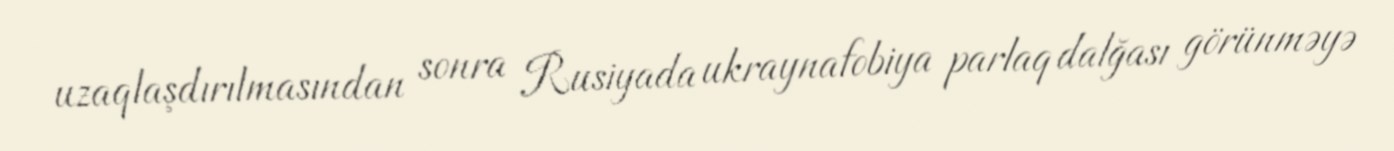
uzaqlaşdırılmasından sonra Rusiyada ukraynafobiya parlaq dalğası görünməyə